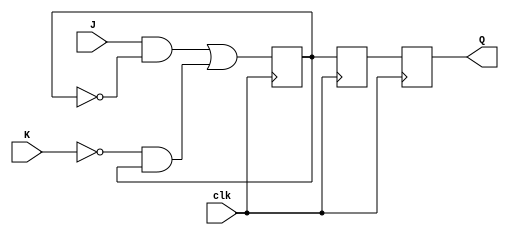
module jk_flip_flop(
    input wire J,
    input wire K,
    input wire clk,
    output reg Q
);

reg Q_master;
reg Q_slave;

always @(posedge clk) begin
    Q_master <= (J & ~Q_master) | (~K & Q_master);
end

always @(negedge clk) begin
    Q_slave <= Q_master;
    Q <= Q_slave;
end

endmodule